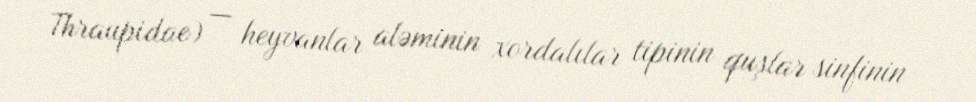
Thraupidae) — heyvanlar aləminin xordalılar tipinin quşlar sinfinin